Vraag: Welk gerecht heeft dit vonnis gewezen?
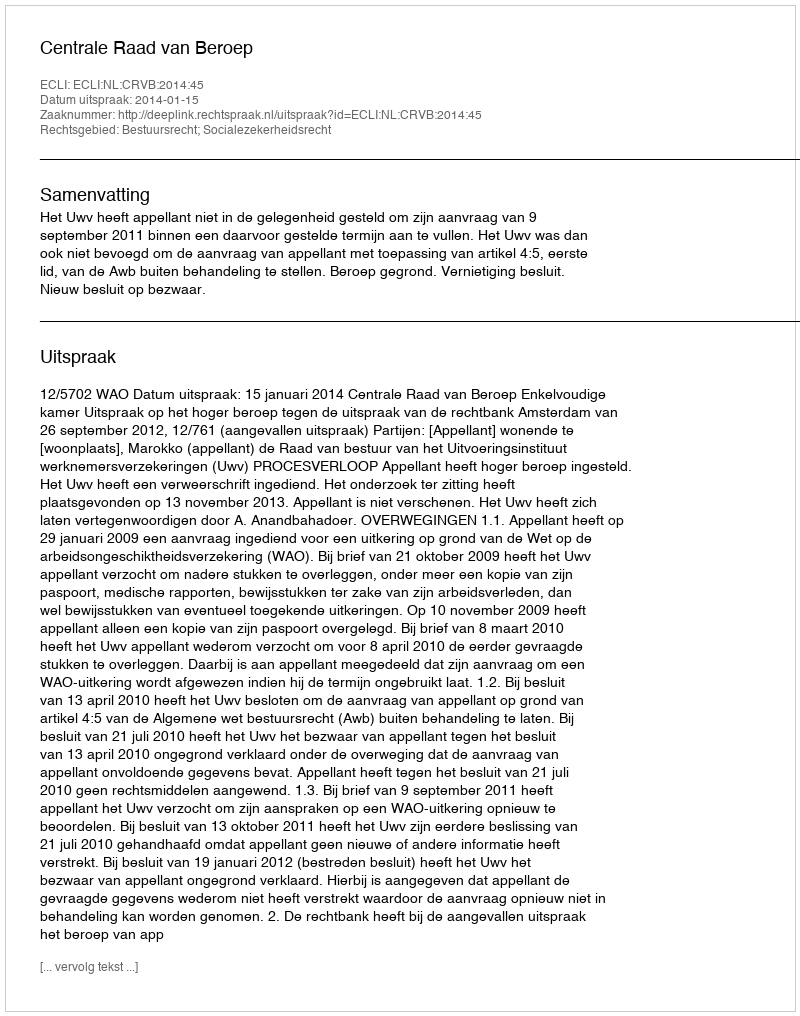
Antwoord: Centrale Raad van Beroep